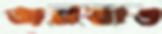
জনতাও